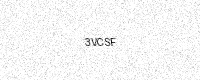
Text: 3VCSF